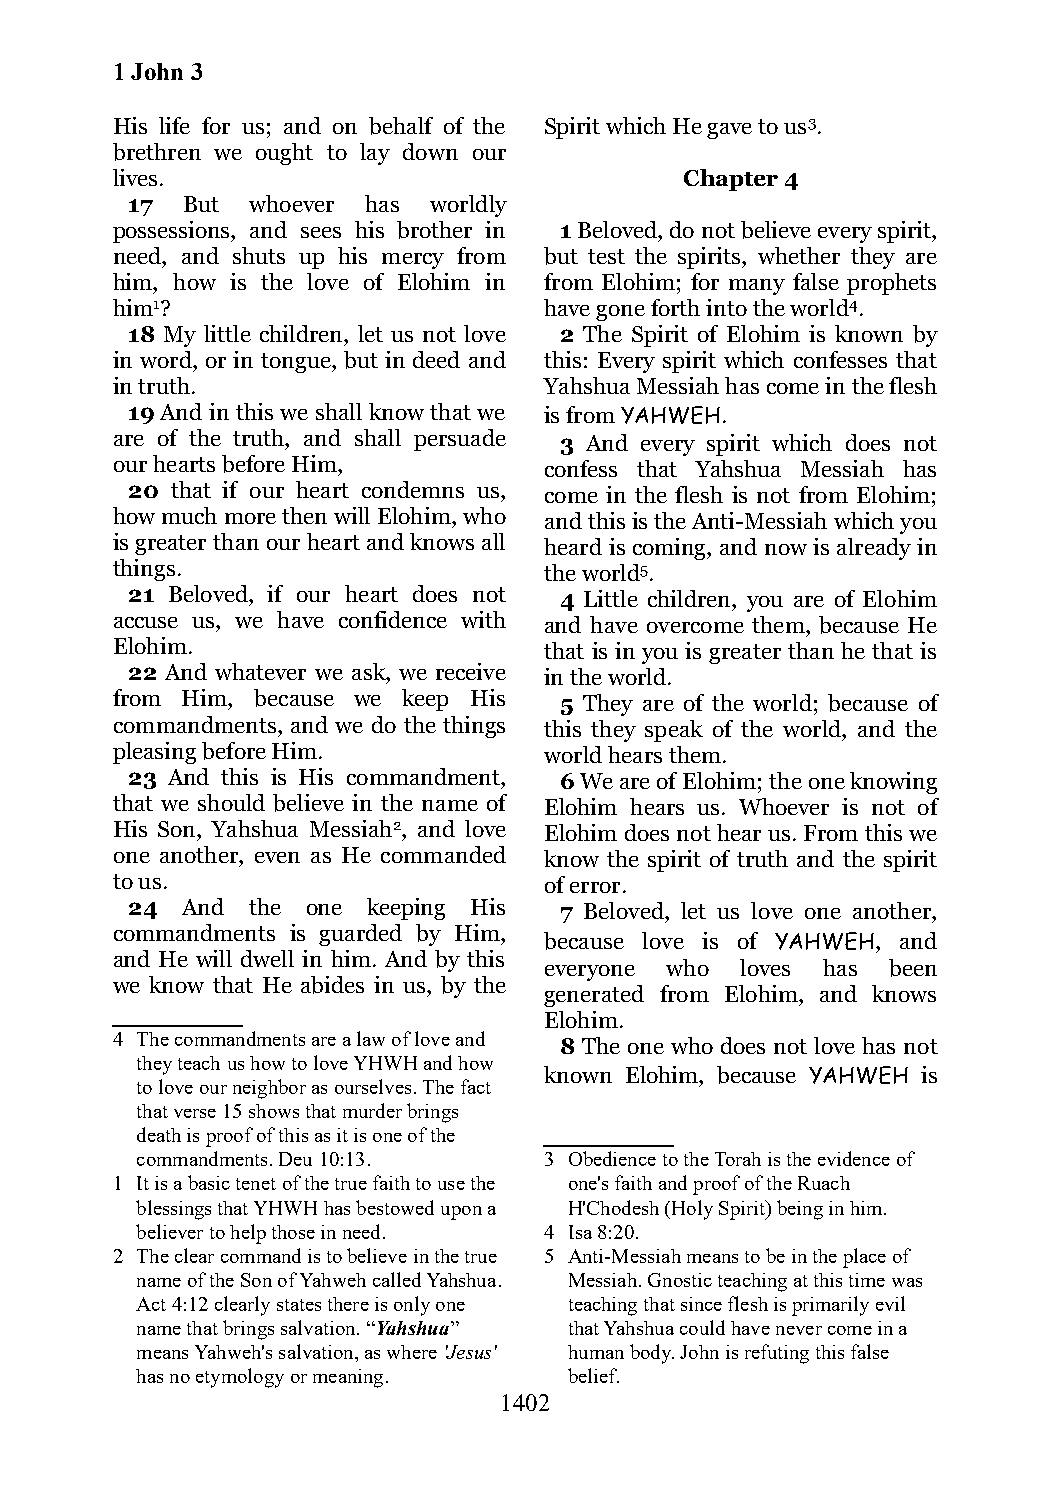
1 John 3
 His life for us; and on behalf of the Spirit which He gave to us3.
 brethren we ought to lay down our
 lives.                                Chapter 4
 17  But whoever has worldly
 possessions, and sees his brother in 1 Beloved, do not believe every spirit,
 need, and shuts up his mercy from but test the spirits, whether they are
 him, how is the love of Elohim in from Elohim; for many false prophets
 him1?                        have gone forth into the world4.
 18 My little children, let us not love 2 The Spirit of Elohim is known by
 in word, or in tongue, but in deed and this: Every spirit which confesses that
 in truth.                    Yahshua Messiah has come in the flesh
 19 And in this we shall know that we is from YAHWEH.
 are of the truth, and shall persuade 3 And every spirit which does not
 our hearts before Him,       confess that Yahshua Messiah has
 20 that if our heart condemns us, come in the flesh is not from Elohim;
 how much more then will Elohim, who and this is the Anti-Messiah which you
 is greater than our heart and knows all heard is coming, and now is already in
 things.                      the world5.
 21 Beloved, if our heart does not 4 Little children, you are of Elohim
 accuse us, we have confidence with and have overcome them, because He
 Elohim.                      that is in you is greater than he that is
 22 And whatever we ask, we receive in the world.
 from Him, because we keep His 5 They are of the world; because of
 commandments, and we do the things this they speak of the world, and the
 pleasing before Him.         world hears them.
 23 And this is His commandment, 6 We are of Elohim; the one knowing
 that we should believe in the name of Elohim hears us. Whoever is not of
 His Son, Yahshua Messiah2, and love Elohim does not hear us. From this we
 one another, even as He commanded know the spirit of truth and the spirit
 to us.                       of error.
 24  And the one keeping His  7 Beloved, let us love one another,
 commandments is guarded by Him,
 because love is of YAHWEH, and
 and He will dwell in him. And by this
 everyone who loves has been
 we know that He abides in us, by the
 generated from Elohim, and knows
 Elohim.
 4 The commandments are a law of love and
 8 The one who does not love has not
 they teach us how to love YHWH and how
 known Elohim, because YAHWEH is
 to love our neighbor as ourselves. The fact
 that verse 15 shows that murder brings
 death is proof of this as it is one of the
 commandments. Deu 10:13.   3 Obedience to the Torah is the evidence of
 1 It is a basic tenet of the true faith to use the one's faith and proof of the Ruach
 blessings that YHWH has bestowed upon a H'Chodesh (Holy Spirit) being in him.
 believer to help those in need. 4 Isa 8:20.
 2 The clear command is to believe in the true 5 Anti-Messiah means to be in the place of
 name of the Son of Yahweh called Yahshua. Messiah. Gnostic teaching at this time was
 Act 4:12 clearly states there is only one teaching that since flesh is primarily evil
 name that brings salvation. “Yahshua” that Yahshua could have never come in a
 means Yahweh's salvation, as where 'Jesus' human body. John is refuting this false
 has no etymology or meaning. belief.
 1402